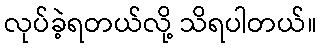
လုပ်ခဲ့ရတယ်လို့ သိရပါတယ်။